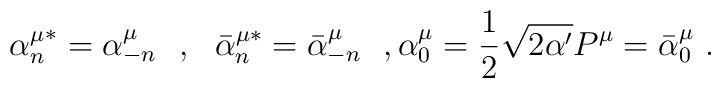
{\alpha^\mu_n}^*=\alpha^\mu_{-n}\ \ ,\ \ {\bar{\alpha}^{\mu*}_n}=\bar{\alpha}^\mu_{-n}\ \ ,\alpha^\mu_0=\frac{1}{2}\sqrt{2\alpha'}P^\mu=\bar{\alpha}^\mu_0\ .